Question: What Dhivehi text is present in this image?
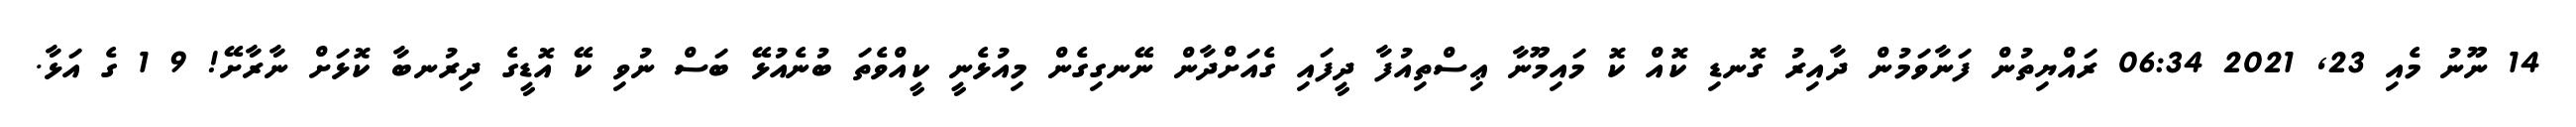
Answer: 14 ނޫނު މެއި 23, 2021 06:34 ރައްޔިތުން ފަނާވަމުން ދާއިރު ގޮނޑި ކޮއް ކޮ މައިމޫނާ ޢިސްތިއުފާ ދީފައި ގެއަށްދާން ނޭނގިގެން މިއުޅެނީ ކީއްވެތަ ބުނެއުޅޭ ބަސް ނުވި ކޭ އޮޑީގެ ދިރުނބާ ކޮޅަށް ނާރާށޭ! 9 1 ގެ އަޅާ.